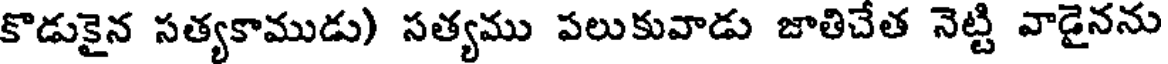
కొడుకైన సత్యకాముడు) సత్యము పలుకువాడు జాతిచేత నెట్టి వాడైనను